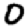
Digit: 0